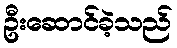
ဦးဆောင်ခဲ့သည်